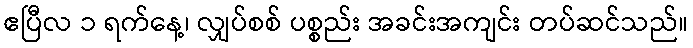
ဧပြီလ ၁ ရက်နေ့၊ လျှပ်စစ် ပစ္စည်း အခင်းအကျင်း တပ်ဆင်သည်။